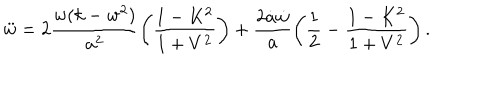
LaTeX: \ddot { w } = 2 \frac { w ( k - w ^ { 2 } ) } { a ^ { 2 } } \left( \frac { 1 - K ^ { 2 } } { 1 + V ^ { 2 } } \right) + \frac { 2 \dot { a } \dot { w } } { a } \left( \frac 1 2 - \frac { 1 - K ^ { 2 } } { 1 + V ^ { 2 } } \right) .